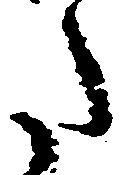
た